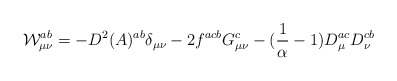
\begin{align*}{\cal{W}}^{ab}_{\mu\nu}=-D^{2}(A)^{ab}\delta_{\mu\nu}-2f^{acb}G^{c}_{\mu\nu}-(\frac{1}{\alpha}-1)D^{ac}_{\mu}D^{cb}_{\nu}\end{align*}